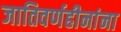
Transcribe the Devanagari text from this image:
जातिवर्णहीनांना